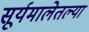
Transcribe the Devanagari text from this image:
सूर्यमालेतल्या